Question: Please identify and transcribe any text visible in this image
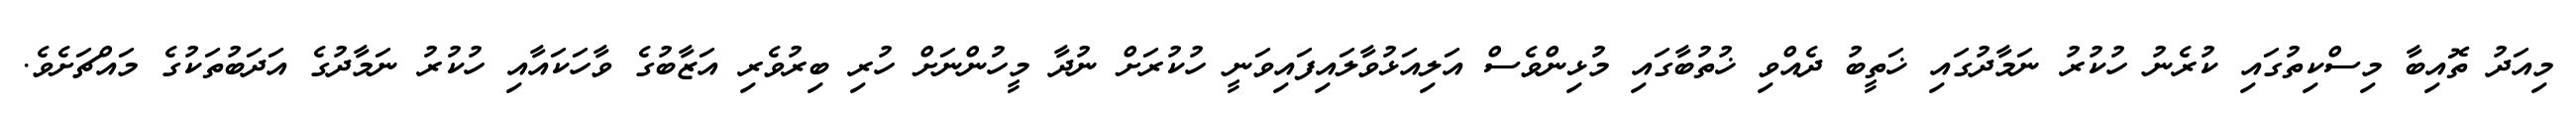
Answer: މިއަދު ތޮއިބާ މިސްކިތުގައި ކުރެނު ހުކުރު ނަމާދުގައި ޚަތީބު ދެއްވި ޚުތުބާގައި މުޅިންވެސް އަލިއަޅުވާލައިފައިވަނީ ހުކުރަށް ނުދާ މީހުންނަށް ހުރި ބިރުވެރި އަޒާބުގެ ވާހަކައާއި ހުކުރު ނަމާދުގެ އަދަބުތަކުގެ މައްޗަށެވެ.